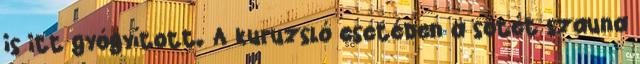
is itt gyógyított. A kuruzsló esetében a sötét szauna